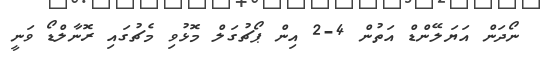
ނޯދަން އަޔަލޭންޑް އަތުން 4-2 އިން ޕޯޗުގަލް މޮޅުވި މެޗުގައި ރޮނާލްޑޯ ވަނީ